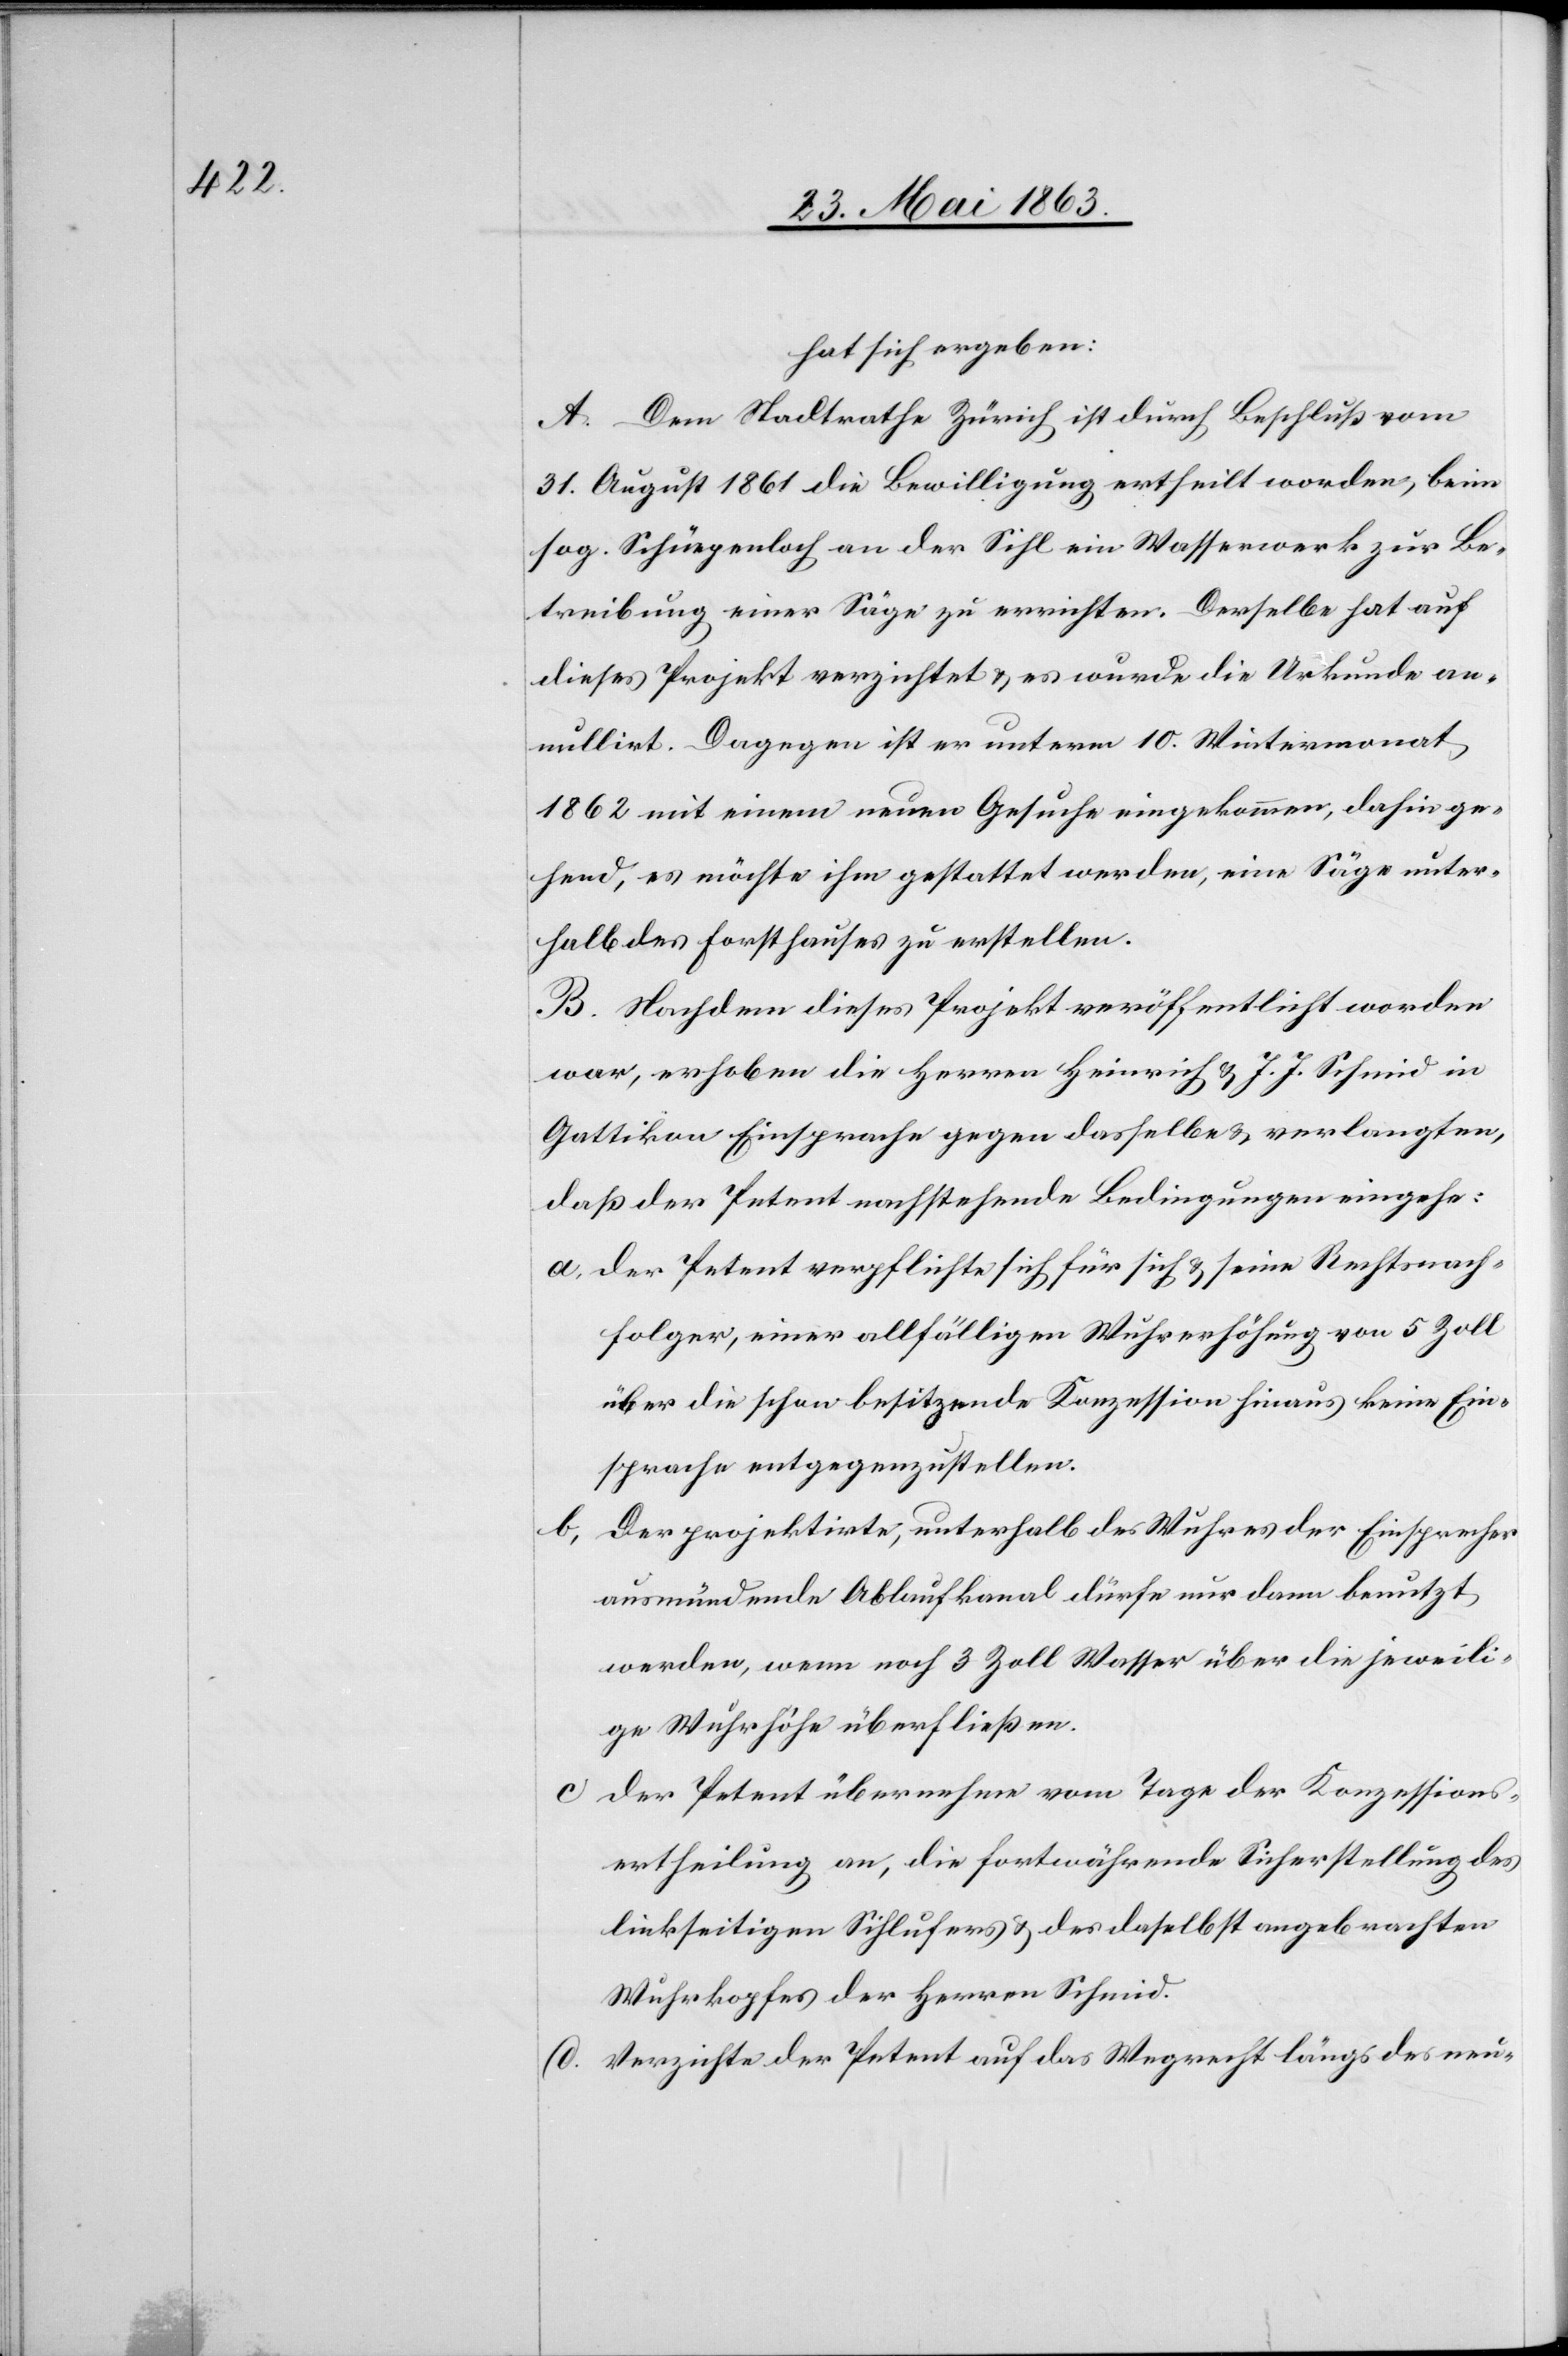
hat sich ergeben:
A. Dem Stadtrathe Zürich ist durch Beschluß vom
31. August 1861 die Bewilligung ertheilt worden, beim
sog. Schüepenloch an der Sihl ein Wasserwerk zur Be¬
treibung einer Säge zu errichten. Derselbe hat auf
dieses Projekt verzichtet & es wurde die Urkunde an¬
nullirt. Dagegen ist er unterm 10. Wintermonat
1862 mit einem neuen Gesuche eingekommen, dahin ge¬
hend, es möchte ihm gestattet werden, eine Säge unter¬
halb des Forsthauses zu erstellen.
B. Nachdem dieses Projekt veröffentlicht worden
war, erhoben die Herren Heinrich & J. J. Schmid in
Gattikon Einsprache gegen dasselbe & verlangten,
daß der Petent nachstehende Bedingungen eingehe:
a) Der Petent verpflichte sich für sich & seine Rechtsnach¬
folger, einer allfälligen Wuhrerhöhung von 5 Zoll
über die schon besitzende Konzession hinaus keine Ein¬
sprache entgegenzustellen.
Der projektirte, unterhalb des Wuhres der Einsprecher
ausmündende Ablaufkanal dürfe nur dann benutzt
werden, wenn noch 3 Zoll Wasser über die jeweili¬
ge Wuhrhöhe überfließen.
c)
Der Petent übernehme vom Tage der Konzessions¬
ertheilung an, die fortwährende Sicherstellung des
linkseitigen Sihlufers & des daselbst angebrachten
Wuhrkopfes der Herren Schmid.
d) Verzichte der Petent auf das Wegrecht längs des neu-